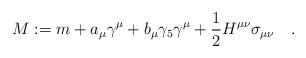
LaTeX: \begin{align*}M:=m+a_{\mu}{\gamma}^{\mu}+b_{\mu}{\gamma}_{5}{\gamma}^{\mu}+\frac{1}{2}H^{\mu \nu}{\sigma}_{\mu \nu}\quad .\end{align*}